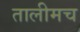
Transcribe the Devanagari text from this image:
तालीमच